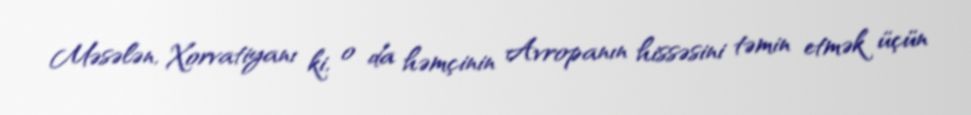
Məsələn, Xorvatiyanı ki, o da həmçinin Avropanın hissəsini təmin etmək üçün